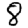
Digit: 8